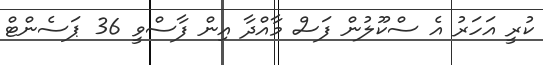
ކުރީ އަހަރު އެ ސްކޫލުން ފަސް މާއްދާ އިން ފާސްވީ 36 ޕަސެންޓް